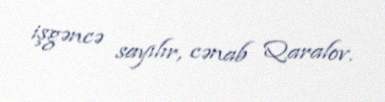
işgəncə sayılır, cənab Qaralov.